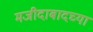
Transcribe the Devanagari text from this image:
मजीदाबादच्या